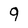
Character: 9